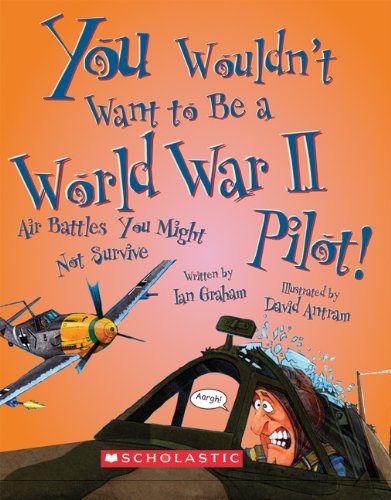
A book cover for You Wouldn't Want to Be a World War II Pilot!: Air Battles You Might Not Survive; Ian Graham; Children's Books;